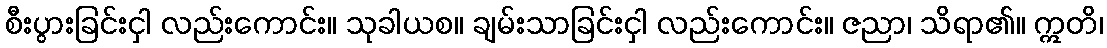
စီးပွားခြင်းငှါ လည်းကောင်း။ သုခါယစ။ ချမ်းသာခြင်းငှါ လည်းကောင်း။ ဇညာ၊ သိရာ၏။ ဣတိ၊